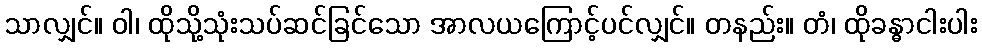
သာလျှင်။ ဝါ၊ ထိုသို့သုံးသပ်ဆင်ခြင်သော အာလယကြောင့်ပင်လျှင်။ တနည်း။ တံ၊ ထိုခန္ဓာငါးပါး